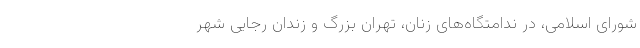
شورای اسلامی، در ندامتگاه‌های زنان، تهران بزرگ و زندان رجایی شهر